Document type: Sale
Year: 1440
Scribe: Pere Pau Pujades
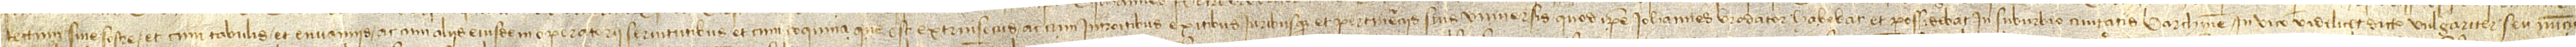
tectum sive sostre, et cum tabulis et envannis ac cum aliis eiusdem operatorii servitutibus et cum coquina que est extrinsecus ac cum introitibus, exitibus iuribusque et pertinenciis suis universis, quod ipse Iohannes, brodator, habebat et possidebat in suburbio civitatis Barchinone, in vico videlicet dicto vulgariter seu nuncu-